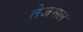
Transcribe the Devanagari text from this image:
तेजमल